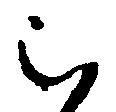
被